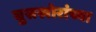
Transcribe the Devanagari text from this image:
घुसखोरांच्या